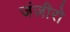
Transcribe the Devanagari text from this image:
जंज़ीरो